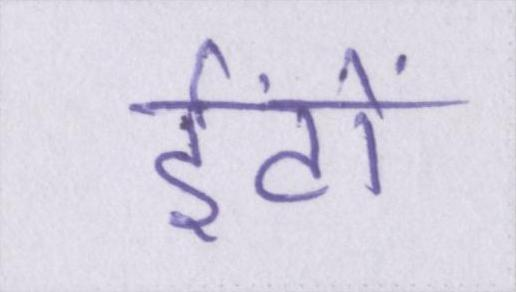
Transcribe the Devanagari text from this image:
ईंटों